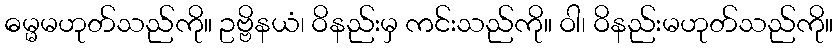
ဓမ္မမဟုတ်သည်ကို။ ဥဗ္ဗိနယံ၊ ဝိနည်းမှ ကင်းသည်ကို။ ဝါ၊ ဝိနည်းမဟုတ်သည်ကို။